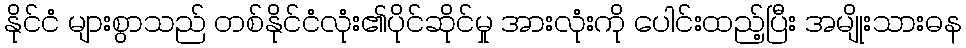
နိုင်ငံ များစွာသည် တစ်နိုင်ငံလုံး၏ပိုင်ဆိုင်မှု အားလုံးကို ပေါင်းထည့်ပြီး အမျိုးသားဓန